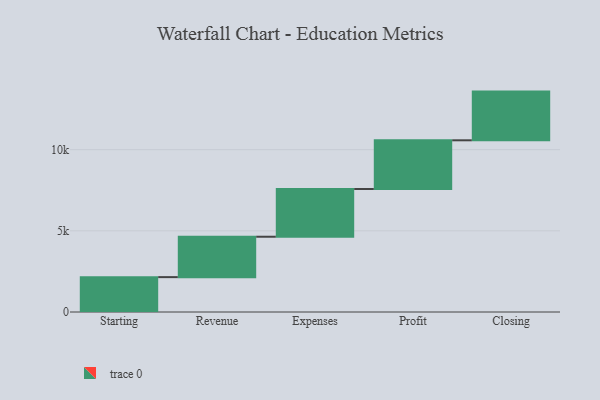
{"axis": {"x": "Step", "y": "Value"}, "legend": [""], "data": [{"x": "Starting", "y": 2148.0, "type": ""}, {"x": "Revenue", "y": 2489.0, "type": ""}, {"x": "Expenses", "y": 2940.0, "type": ""}, {"x": "Profit", "y": 3000, "type": ""}, {"x": "Closing", "y": 3000, "type": ""}]}